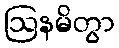
ဩနမိတွာ